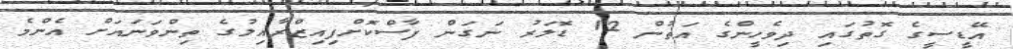
އޭޑީސީގެ ގޮތުގައި ދިވެހީންގެ އަތުން 12 ޑޮލަރު ނަގަން ފާސްކޮށްފިއިޒްރާއިލުގެ ތިންވަނައަށް އެންމެ